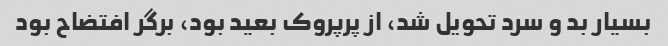
بسیار بد و سرد تحویل شد، از پرپروک بعید بود، برگر افتضاح بود